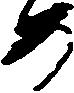
め